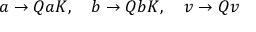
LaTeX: a \rightarrow Q a K , \quad b \rightarrow Q b K , \quad v \rightarrow Q v